Vaccine operations Central Provinces 1868-1885 - 1868-1885
Year: 1868
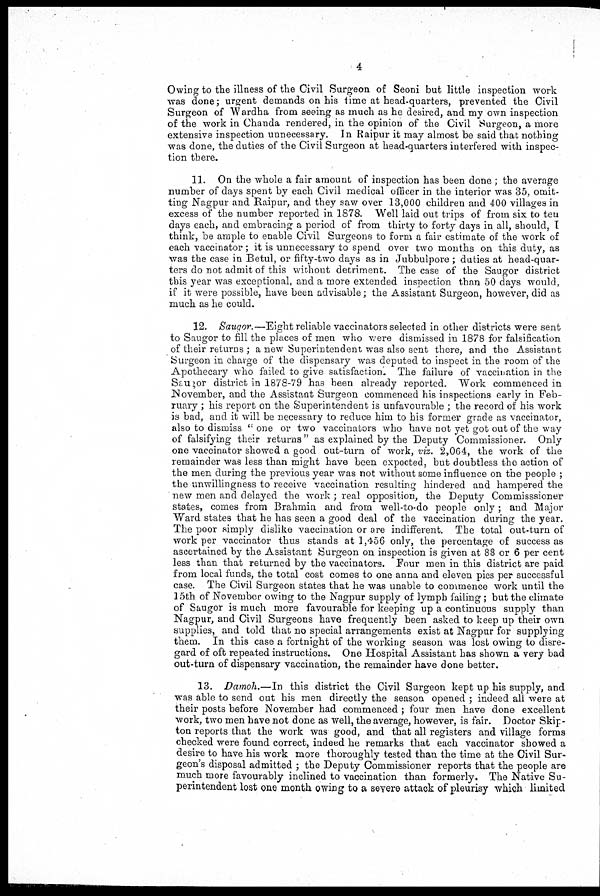
4
Owing to the illness of the Civil Surgeon of Seoni but little inspection work
was done; urgent demands on his time at head.quarters, prevented the Civil
Surgeon of Wardha from seeing as much as he desired, and my own inspection
of the work in Chanda rendered, in the opinion of the Civil Surgeon, a more
extensive inspection unnecessary. In Raipur it may almost be said that nothing
was done, the duties of the Civil Surgeon at head-quarters interfered with inspec-
tion there.
11. On the whole a fair amount of inspection has been done ; the average
number of days spent by each Civil medical officer in the interior was 35, omit-
ting Nagpur and Raipur, and they saw over 13,000 children and 400 villages in
excess of the number reported in 1878. Well laid out trips of from six to teu
days each, and embracing a period of from thirty to forty days in all, should, I
think, be ample to enable Civil Surgeons to form a fair estimate of the work of
each vaccinator; it is unnecessary to spend over two months on this duty, as
was the case in Betul, or fifty-two days as in Jubbulpore ; duties at head-quar-
ters do not admit of this without detriment. The case of the Saugor district
this year was exceptional, and a more extended inspection than 50 days would,
if it were possible, have been advisable; the Assistant Surgeon, however, did as
much as he could.
12. Saugor.—Eight reliable vaccinators selected in other districts were sent
to Saugor to fill the places of men who were dismissed in 1878 for falsification
of their returns ; a new Superintendent was also sent there, and the Assistant
Surgeon in charge of the dispensary was deputed to inspect in the room of the
Apothecary who failed to give satisfaction. The failure of vaccination in the
Saugor district in 1878-79 has been already reported. "Work commenced in
November, and the Assistant Surgeon commenced his inspections early in Feb-
ruary ; his report on the Superintendent is unfavourable ; the record of his work
is bad, and it will be necessary to reduce him to his former grade as vaccinator,
also to dismiss " one or two vaccinators who have not yet got out of the way
of falsifying their returns" as explained by the Deputy Commissioner. Only
one vaccinator showed a good out-turn of work, viz. 2,064, the work of the
remainder was less than might have been expected, but doubtless the action of
the men during the previous year was not without some influence on the people ;
the unwillingness to receive vaccination resulting hindered and hampered the
new men and delayed the work ; real opposition, the Deputy Commisssioner
states, comes from Brahmin and from well-to-do people only; and Major
"Ward states that he has seen a good deal of the vaccination during the year.
The poor simply dislike vaccination or are indifferent. The total out-turn of
work per vaccinator thus stands at 1,456 only, the percentage of success as
ascertained by the Assistant Surgeon on inspection is given at 88 or 6 per cent
less than that returned by the vaccinators. Four men in this district are paid
from local funds, the total cost comes to one anna and eleven pies per successful
case. The Civil Surgeon states that he was unable to commence work until the
15th of November owing to the Nagpur supply of lymph failing; but the climate
of Saugor is much more favourable for keeping up a continuous supply than
Nagpur, and Civil Surgeons have frequently been asked to keep up their own
supplies, and told that no special arrangements exist at Nagpur for supplying
them. In this case a fortnight of the working season was lost owing to disre-
gard of oft repeated instructions. One Hospital Assistant has shown a very bad
out-turn of dispensary vaccination, the remainder have done better.
13. Damoh.—In this district the Civil Surgeon kept up his supply, and
was able to send out his men directly the season opened ; indeed all were at
their posts before November had commenced ; four men have done excellent
work, two men have not done as well, the average, however, is fair. Doctor Skip-
ton reports that the work was good, and that all registers and village forms
checked were found correct, indeed he remarks that each vaccinator showed a
desire to have his work more thoroughly tested than the time at the Civil Sur-
geon's disposal admitted ; the Deputy Commissioner reports that the people are
much more favourably inclined to vaccination than formerly. The Native Su-
perintendent lost one month owing to a severe attack of pleurisy which limited